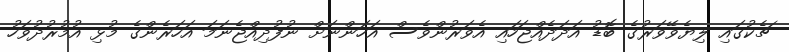
ޗެކުގައި ލިޔެވޭވަރުގެ ބޮޑު އަދަދެއްޖަހައި އެވަރުންވެސް އަހަންނަށް ނުފުދިއްޖެނަމަ އަހަރެންގެ މުޅި އުމުރުދުވަހު